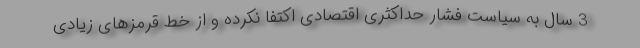
3 سال به سیاست فشار حداکثری اقتصادی اکتفا نکرده و از خط قرمزهای زیادی